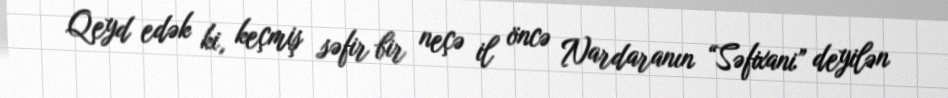
Qeyd edək ki, keçmiş səfir bir neçə il öncə Nardaranın “Səfixani” deyilən